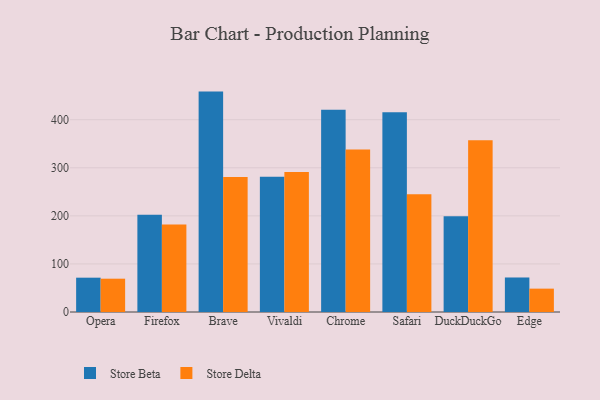
{"axis": {"x": "Browser", "y": "Conversion Rate (%)"}, "legend": ["Store Beta", "Store Delta"], "data": [{"x": "Opera", "y": 71.4, "type": "Store Beta"}, {"x": "Opera", "y": 69.3, "type": "Store Delta"}, {"x": "Firefox", "y": 202.3, "type": "Store Beta"}, {"x": "Firefox", "y": 182.0, "type": "Store Delta"}, {"x": "Brave", "y": 458.5, "type": "Store Beta"}, {"x": "Brave", "y": 280.7, "type": "Store Delta"}, {"x": "Vivaldi", "y": 281.5, "type": "Store Beta"}, {"x": "Vivaldi", "y": 291.0, "type": "Store Delta"}, {"x": "Chrome", "y": 420.8, "type": "Store Beta"}, {"x": "Chrome", "y": 337.9, "type": "Store Delta"}, {"x": "Safari", "y": 415.7, "type": "Store Beta"}, {"x": "Safari", "y": 244.8, "type": "Store Delta"}, {"x": "DuckDuckGo", "y": 199.2, "type": "Store Beta"}, {"x": "DuckDuckGo", "y": 357.5, "type": "Store Delta"}, {"x": "Edge", "y": 71.8, "type": "Store Beta"}, {"x": "Edge", "y": 48.6, "type": "Store Delta"}]}